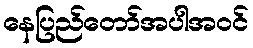
နေပြည်တော်အပါအဝင်